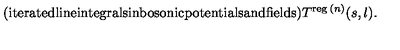
{ \mathrm { ( i t e r a t e d l i n e i n t e g r a l s i n b o s o n i c p o t e n t i a l s a n d f i e l d s ) } } T ^ { \mathrm { \scriptsize { r e g } } \: ( n ) } ( s , l ) .